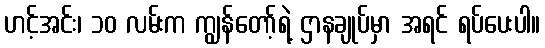
ဟင့်အင်း၊ ၁၀ လမ်းက ကျွန်တော့်ရဲ့ ဌာနချုပ်မှာ အရင် ရပ်ပေးပါ။